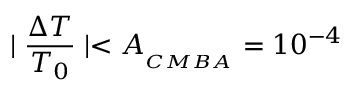
\mid \frac { \Delta T } { T _ { 0 } } \mid < A _ { { } _ { C M B A } } = 1 0 ^ { - 4 }